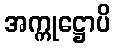
အက္ကုဋ္ဌောပိ